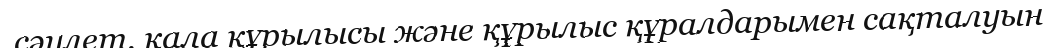
сәулет, қала құрылысы және құрылыс құралдарымен сақталуын